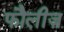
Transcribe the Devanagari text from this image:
फौलीज़